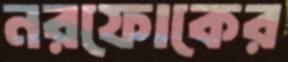
নরফোকের